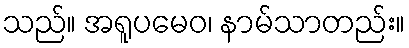
သည်။ အရူပမေဝ၊ နာမ်သာတည်း။